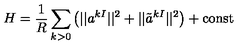
H = { \frac { 1 } { R } } \sum _ { k > 0 } \left( | | a ^ { k I } | | ^ { 2 } + | | \tilde { a } ^ { k I } | | ^ { 2 } \right) + \mathrm { c o n s t }